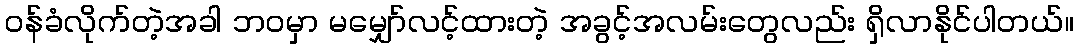
ဝန်ခံလိုက်တဲ့အခါ ဘဝမှာ မမျှော်လင့်ထားတဲ့ အခွင့်အလမ်းတွေလည်း ရှိလာနိုင်ပါတယ်။